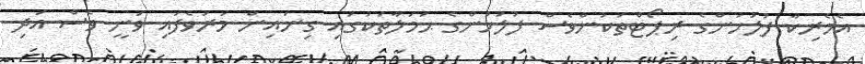
އެމެރިކާ ފުލުހުންގެ ރިޕޯޓްތަކުންވެސް ފުލުހުންގެ ޙަމަލާތަކުގައި ގިނައިން މަރުވެފައި ވަނީ ވެސް އަދި